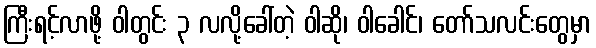
ကြီးရင့်လာဖို့ ဝါတွင်း ၃ လလို့ခေါ်တဲ့ ဝါဆို၊ ဝါခေါင်၊ တော်သလင်းတွေမှာ